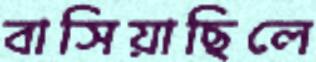
বাসিয়াছিলে